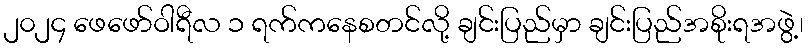
၂၀၂၄ ဖေဖော်ဝါရီလ ၁ ရက်ကနေစတင်လို့ ချင်းပြည်မှာ ချင်းပြည်အစိုးရအဖွဲ့၊